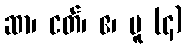
ဆာ၊ ငတ်၊ ဧ၊ ပူ (၄)